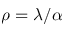
\rho = \lambda / \alpha